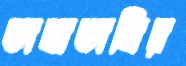
ভাষাভাষির